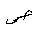
Letter: _sad